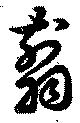
翦